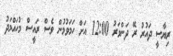
ރިޔާސީ ދައުރު ރޭ ދަންވަރު 12:00 އަށް ހަމަވުމުން ވެސް ރައީސް މުހައްމަދު